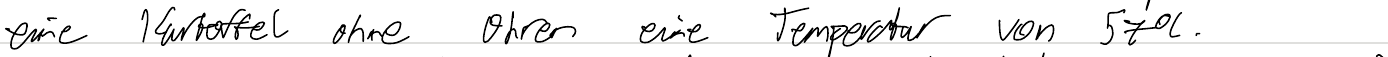
eine Kartoffel ohne Ohren eine Temperatur von 57°C.